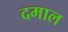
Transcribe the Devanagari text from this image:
दमाल